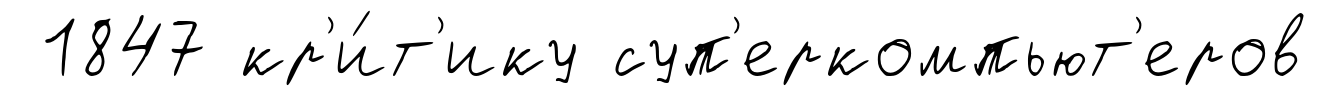
1847 кр'и́т'ику суп'еркомпьют'еров